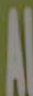
AL